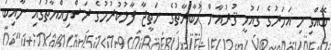
ބޭއްވި މި އަހަރުގެ ގައުމީ ޤުރުއާން މުބާރާތުގެ ނަތީޖާ ފާޅުކުރުމުގެ ރަސްމިއްޔާތުގައި ނާއިބު